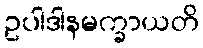
ဥပါဒါနမက္ခာယတိ